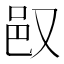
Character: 𬩴